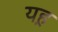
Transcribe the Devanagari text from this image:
यह़